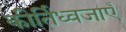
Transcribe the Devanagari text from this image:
कीर्तिध्वजाएँ